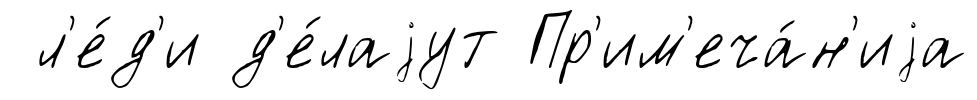
л'е́д'и д'е́лаjут Пр'им'еча́н'иjа